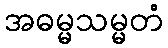
အဓမ္မသမ္မတံ